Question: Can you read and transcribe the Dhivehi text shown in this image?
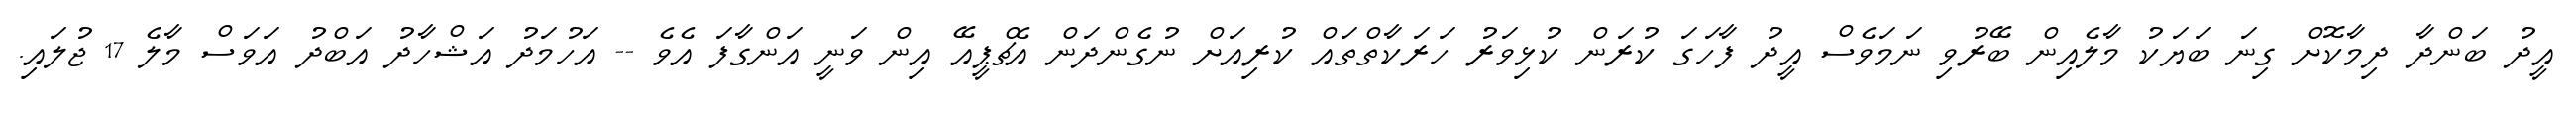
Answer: އީދު ބަންދާ ދިމާކޮށް ގިނަ ބަޔަކު މާލެއިން ބޭރުވި ނަމަވެސް އީދު ފާހަގަ ކުރަން ކުޅިވަރު ހަރަކާތްތައް ކުރިއަށް ނުގެންދަން އެޗްޕީއޭ އިން ވަނީ އަންގާފަ އެވެ -- އަހުމަދު އަޝްހާދު އަބްދު އަވަސް މާލެ 17 ޖުލައި.